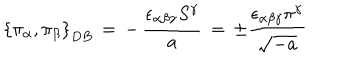
\left\{ \pi _ { \alpha } , \pi _ { \beta } \right\} _ { D B } \, = \, - \, \frac { \epsilon _ { \alpha \beta \gamma } S ^ { \gamma } } { a } \, = \, \pm \frac { \epsilon _ { \alpha \beta \gamma } \pi ^ { \gamma } } { \sqrt { - a } } \,